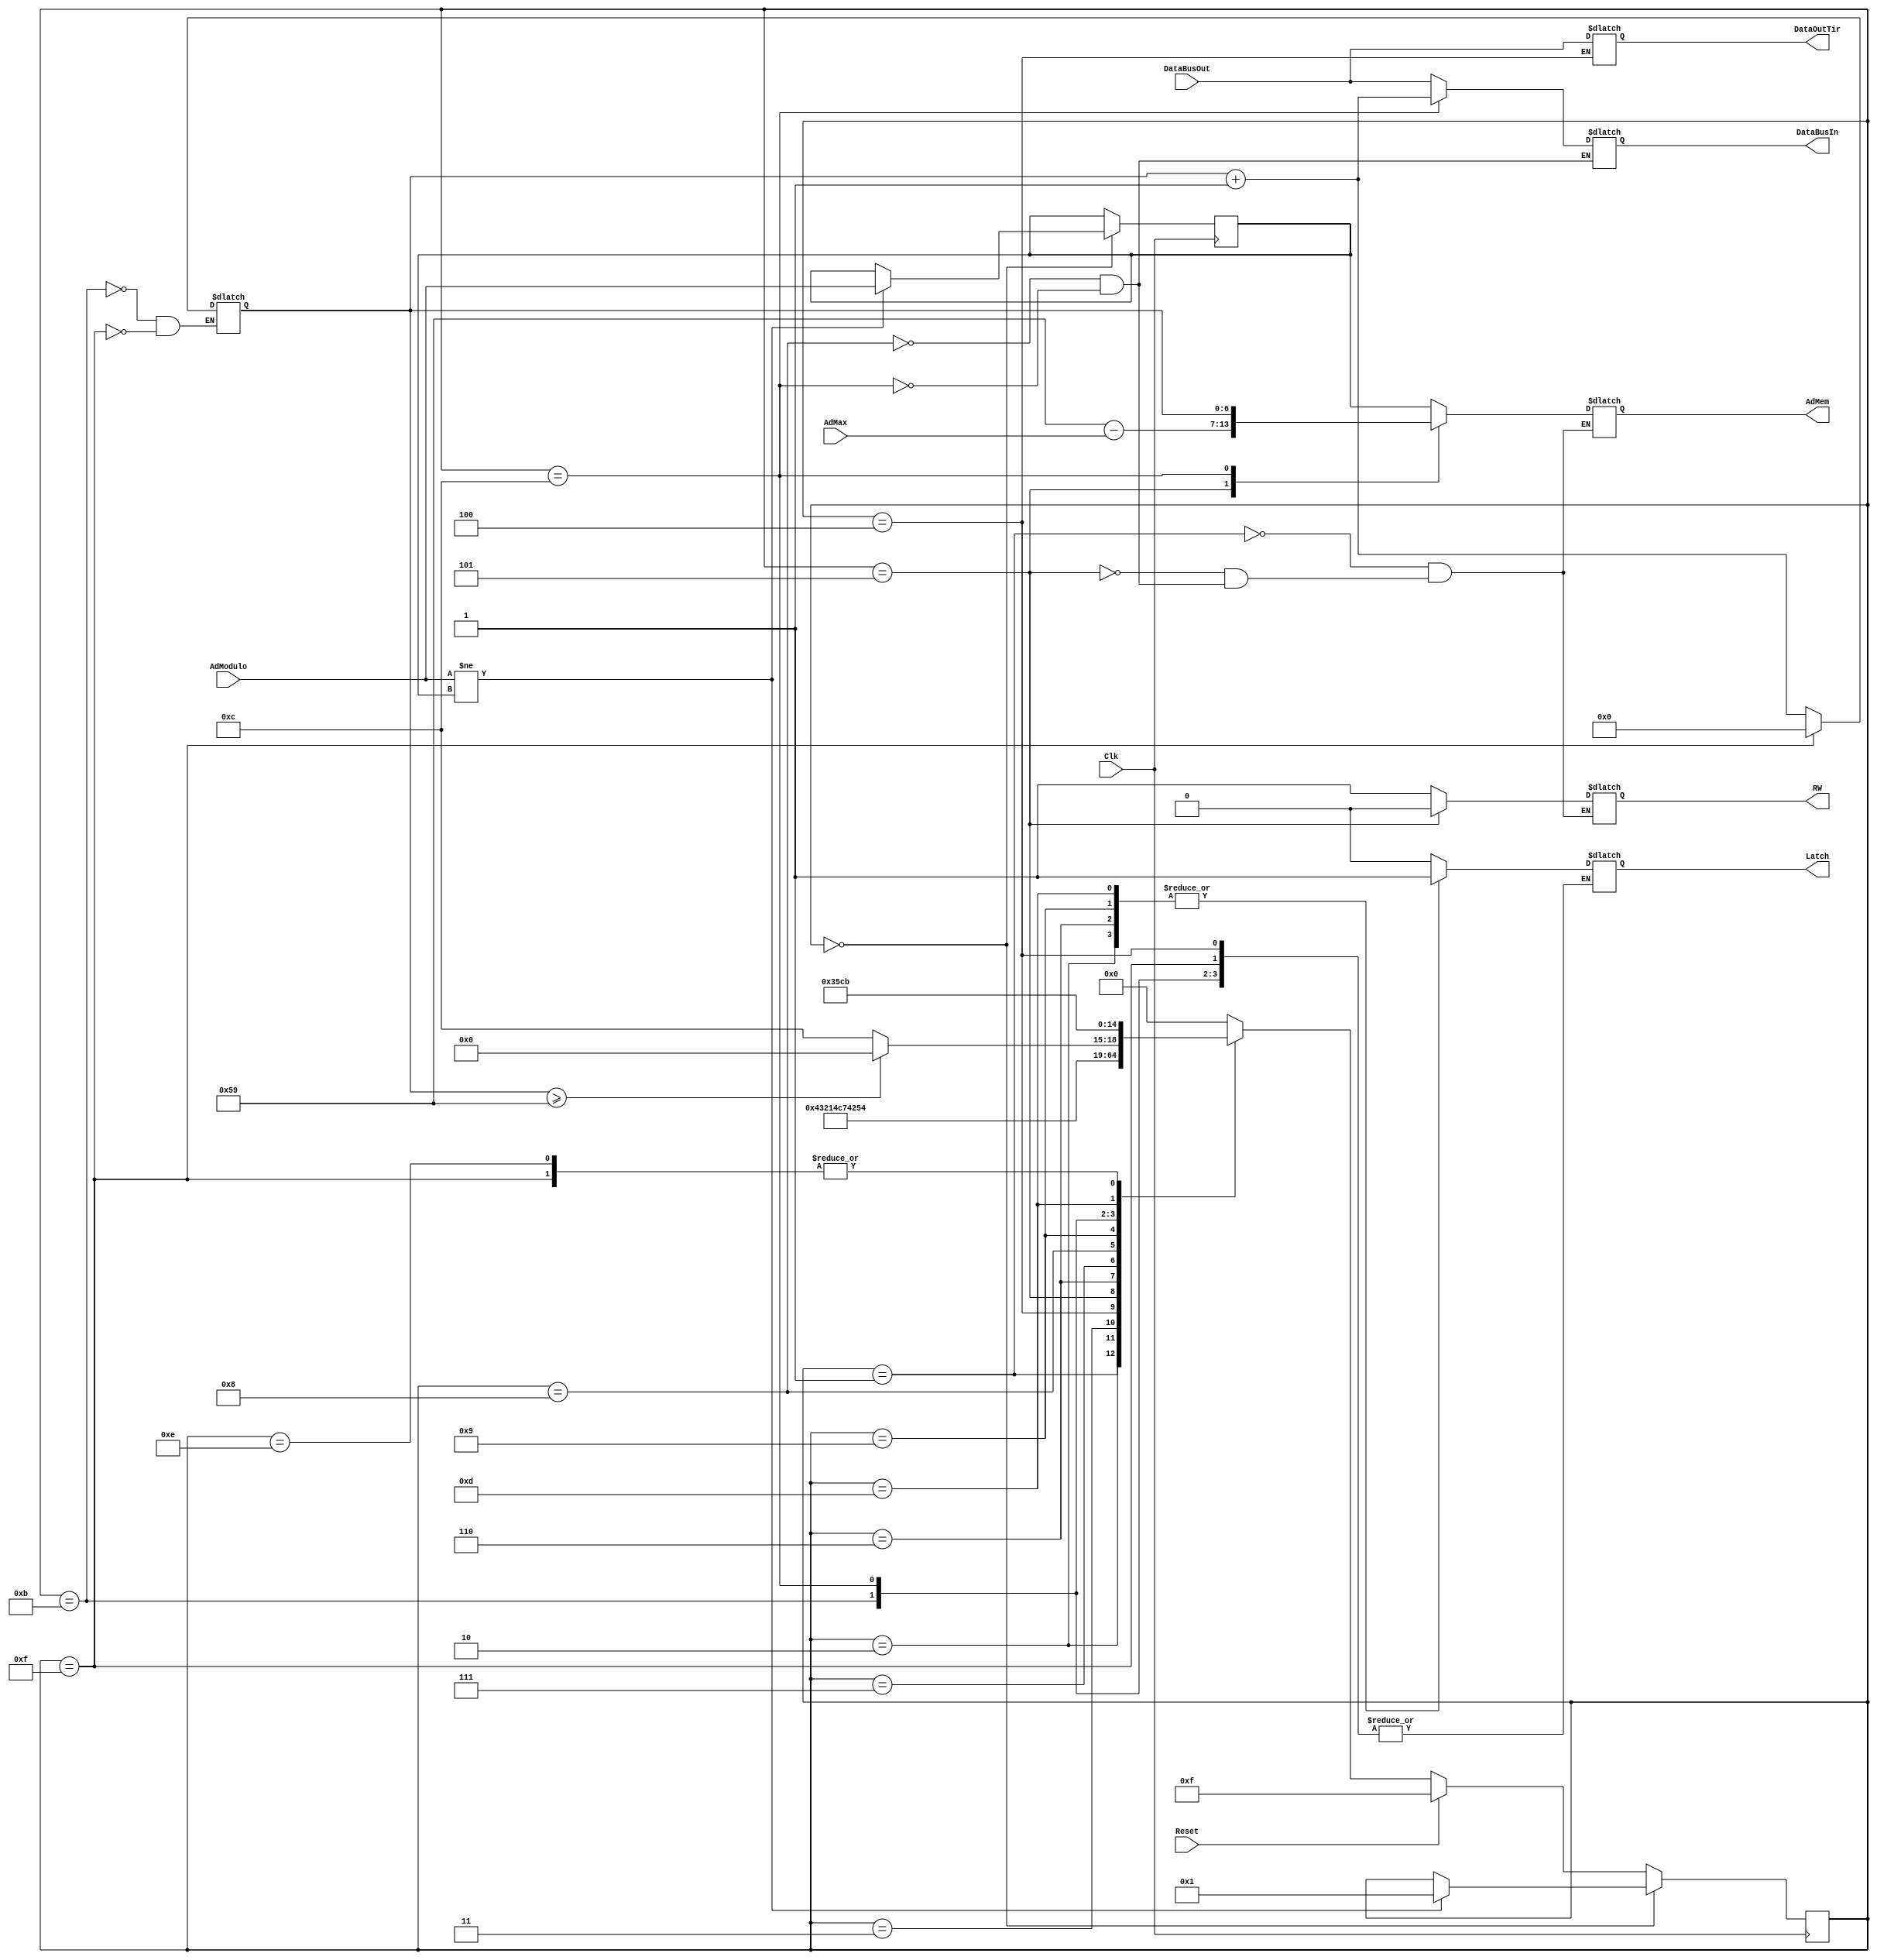
module GestionMemLibre (Clk, AdModulo, AdMax, DataBusOut,DataOutTir, DataBusIn, AdMem, RW, Latch,Reset);

parameter ETAT1 = 0;		
parameter ETAT2 = 1;		
parameter ETAT3 = 2;		
parameter ETAT4 = 3;		
parameter ETAT5 = 4;		
parameter ETAT6 = 5;
parameter ETAT7 = 6;
parameter ETAT8 = 7;
parameter ETAT9 = 8;
parameter ETAT10 =9;
parameter ETAT11 = 10;
parameter ETAT12 = 11;
parameter ETAT13 = 12;
parameter ETAT14 = 13;
parameter ETAT15 = 14;
parameter ETAT16 = 15;
parameter SIZE_MEM =90;

input Clk, Reset;
input [6:0] AdModulo;	
input [6:0] AdMax;		
input [6:0] DataBusOut;

output [6:0] DataOutTir;
output [6:0] DataBusIn;
output [6:0] AdMem;
output RW;
output Latch;

reg Latch = 0;
reg RW = 0;
reg [6:0] DataOutTir;
reg [6:0] DataBusIn;
reg [6:0] AdMem;
reg [4:0] EtatActuel;
reg [4:0] EtatFutur;
reg [6:0] OldAdModulo =0;
reg [6:0] i;

always@(negedge (Clk))
begin

		if (EtatActuel ==  ETAT1)
        begin 
				if(AdModulo != OldAdModulo)
					begin
						EtatActuel <= ETAT2;
						OldAdModulo <= AdModulo;
					end
				end
				else
				begin
	EtatActuel <= EtatFutur;
	end
	
end


always@(EtatActuel)
begin

	case(EtatActuel)
		ETAT2 : 
				begin
				AdMem <= OldAdModulo;
				RW <= 1;
				end
		ETAT3 :
				begin
				Latch <= 1;
				end
		ETAT4 : 
				begin
				Latch <= 0;
				end
		ETAT5 : 
				begin
					DataOutTir <= DataBusOut;

				end
		ETAT6 : 
				begin
				AdMem <= (SIZE_MEM -1) - AdMax;
				RW <= 0;
				end
		ETAT7 :
				begin
				Latch <= 1;
				end
		ETAT8 : 
				begin
				Latch <= 0;
				end
		ETAT9 :
				begin
					DataBusIn <= DataBusOut;
					AdMem <= OldAdModulo;
					RW <= 1;
				end 
		ETAT10 : 
				begin
				Latch <= 1;
				end 
		ETAT11 :
			   begin
				Latch <= 0;
				end
		ETAT12 :
				begin
					i = i+1;
				end
		ETAT13:
				begin
				DataBusIn = i+1;
				AdMem = i;
				RW = 1;
				end 
		ETAT14:
				begin
				Latch = 1;
				end 
		ETAT15:
				begin
				Latch = 0;
				end 
		ETAT16:
				begin
				i = 0;
				end
		default : Latch <= 0; 
		
		endcase
end

always@(EtatActuel,AdModulo)
begin
if(Reset == 1)
begin
	EtatFutur <= ETAT16;
end
else
begin
	case (EtatActuel)
		ETAT1 :
				begin
				EtatFutur <= ETAT1;
				end
		ETAT2 : 
				begin
				EtatFutur <= ETAT3;
				end
		ETAT3 :
				begin
				EtatFutur <= ETAT4;
				end
		ETAT4 : 
				begin
				EtatFutur <= ETAT5;
				end
		ETAT5 : 
				begin
				EtatFutur <= ETAT6;
				end
		ETAT6 : 
				begin
				EtatFutur <= ETAT7;
				end
		ETAT7 : 
				begin
				EtatFutur <= ETAT8;
				end
		ETAT8 : 
				begin
				EtatFutur <= ETAT9;
				end
		ETAT9 : 
				begin
				EtatFutur <= ETAT10;
				end
		ETAT10 : 
				begin
				EtatFutur <= ETAT11;
				end
		ETAT11 : 
				begin
				EtatFutur <= ETAT1;
				end
		ETAT12 :
				begin
					if(i >= SIZE_MEM-1)
					begin
					EtatFutur <= ETAT1;
					end
					else 
					begin
					EtatFutur <= ETAT13;
					end
				end
		ETAT13:
				begin
				EtatFutur <= ETAT14;
				end 
		ETAT14:
				begin
				EtatFutur <= ETAT15;
				end 
		ETAT15:
				begin
				EtatFutur <= ETAT12;
				end 
		ETAT16:
				begin
				EtatFutur <= ETAT12;
				end
		default : EtatFutur <= ETAT1;	
	endcase
end
end

endmodule